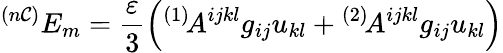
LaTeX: ^{(n\mathcal{C})}E_{m}=\frac{{\varepsilon}}{3}\left(^{(1)}\! A^{ijkl}g_{ij}u_{kl}+{}^{(2)}\! A^{ijkl}g_{ij}u_{kl}\right)